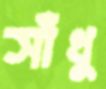
সাঁধু